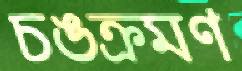
চঙক্রমণ